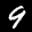
Label: 9